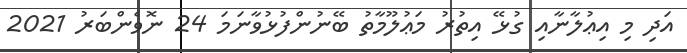
އަދި މި އިޢުލާނާއި ގުޅޭ އިތުރު މަޢުލޫމާތު ބޭނުންފުޅުވާނަމަ 24 ނޮވެންބަރު 2021